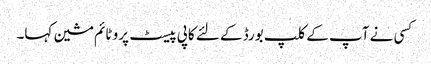
کسی نے آپ کے کلپ بورڈ کے لئے کاپی پیسٹ پرو ٹائم مشین کہا۔